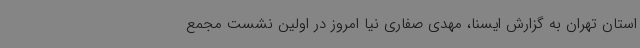
استان تهران به گزارش ایسنا، مهدی صفاری نیا امروز در اولین نشست مجمع